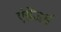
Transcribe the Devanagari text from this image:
एंडेंजर्स